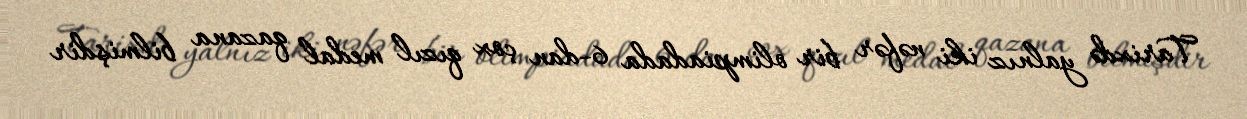
Tarixdə yalnız iki nəfər bir olimpiadada 6-dan çox qızıl medal qazana bilmişdir